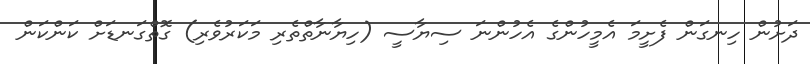
ދަށުން ހިނގަން ފެށީމަ އެމީހުންގެ އެހުންނަ ސިޔާސީ (ހިޔާނާތްތެރި މަކަރުވެރި) ގޮތްގަނޑަށް ކަންކަން